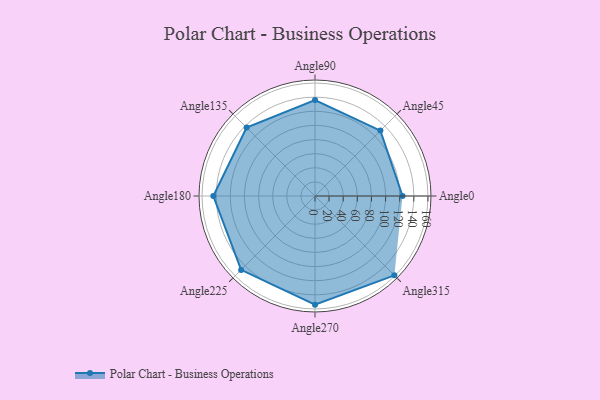
{"axis": {"x": "Angle", "y": "Radius"}, "legend": [""], "data": [{"x": "Angle0", "y": 124.0, "type": ""}, {"x": "Angle45", "y": 131.0, "type": ""}, {"x": "Angle90", "y": 136.0, "type": ""}, {"x": "Angle135", "y": 137.0, "type": ""}, {"x": "Angle180", "y": 144.0, "type": ""}, {"x": "Angle225", "y": 148.0, "type": ""}, {"x": "Angle270", "y": 154.0, "type": ""}, {"x": "Angle315", "y": 159.0, "type": ""}]}